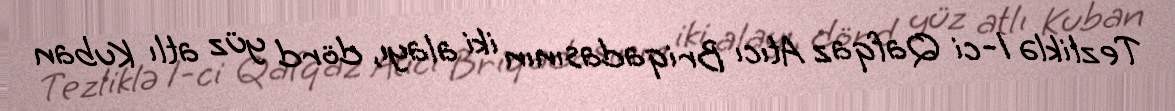
Tezliklə 1-ci Qafqaz Atıcı Briqadasının iki alayı, dörd yüz atlı Kuban